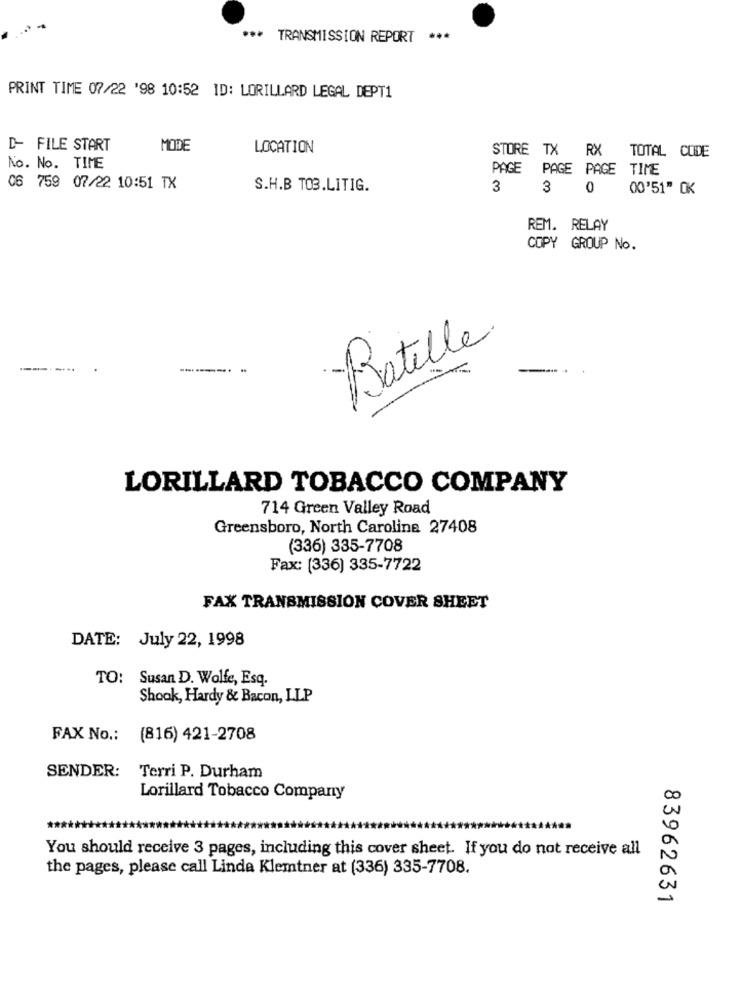
*** TRANSMISSION REPORT
PRINT TIME 07/22 '98 10:52 ID: LORILLARD LEGAL DEPT1
D- FILE START
MODE
LOCATION
STORE TX RX
TOTAL CODE
No. No. TIME
PAGE PAGE PAGE TIME
06 759 07/22 10:51 TX
S.H.B TOB.LITIG.
3
3 0 00'51" OK
REM. RELAY
COPY GROUP No.
Batille
--
------..
LORILLARD TOBACCO COMPANY
714 Green Valley Road
Greensboro, North Carolina 27408
(336) 335-7708
Fax: (336) 335-7722
FAX TRANSMISSION COVER SHEET
DATE: July 22, 1998
TO: Susan D. Wolfe, Esq.
Shook, Hardy & Bacon, LLP
FAX No .:
(816) 421-2708
SENDER:
Terri P. Durham
Lorillard Tobacco Company
You should receive 3 pages, including this cover sheet. If you do not receive all
the pages, please call Linda Klemtner at (336) 335-7708.
83962631